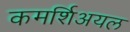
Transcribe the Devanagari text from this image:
कमर्शिअयल